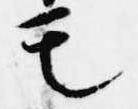
モ